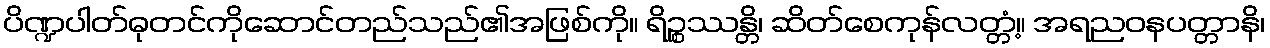
ပိဏ္ဍပါတ်ဓုတင်ကိုဆောင်တည်သည်၏အဖြစ်ကို။ ရိဉ္စဿန္တိ၊ ဆိတ်စေကုန်လတ္တံ့။ အရညဝနပတ္တာနိ၊